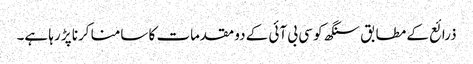
ذرائع کے مطابق سنگھ کو سی بی آئی کے دو مقدمات کا سامنا کرنا پڑ رہا ہے۔